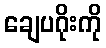
ချေပဂိုးကို